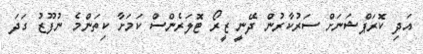
އަދި ކޮރަޕްޝަނަށް ސަރުކާރުން ދޭނީ ޒީރޯ ޓޮލަރެންސް ކަމަށާ ކިތަންމެ ނުފޫޒު ގަދަ